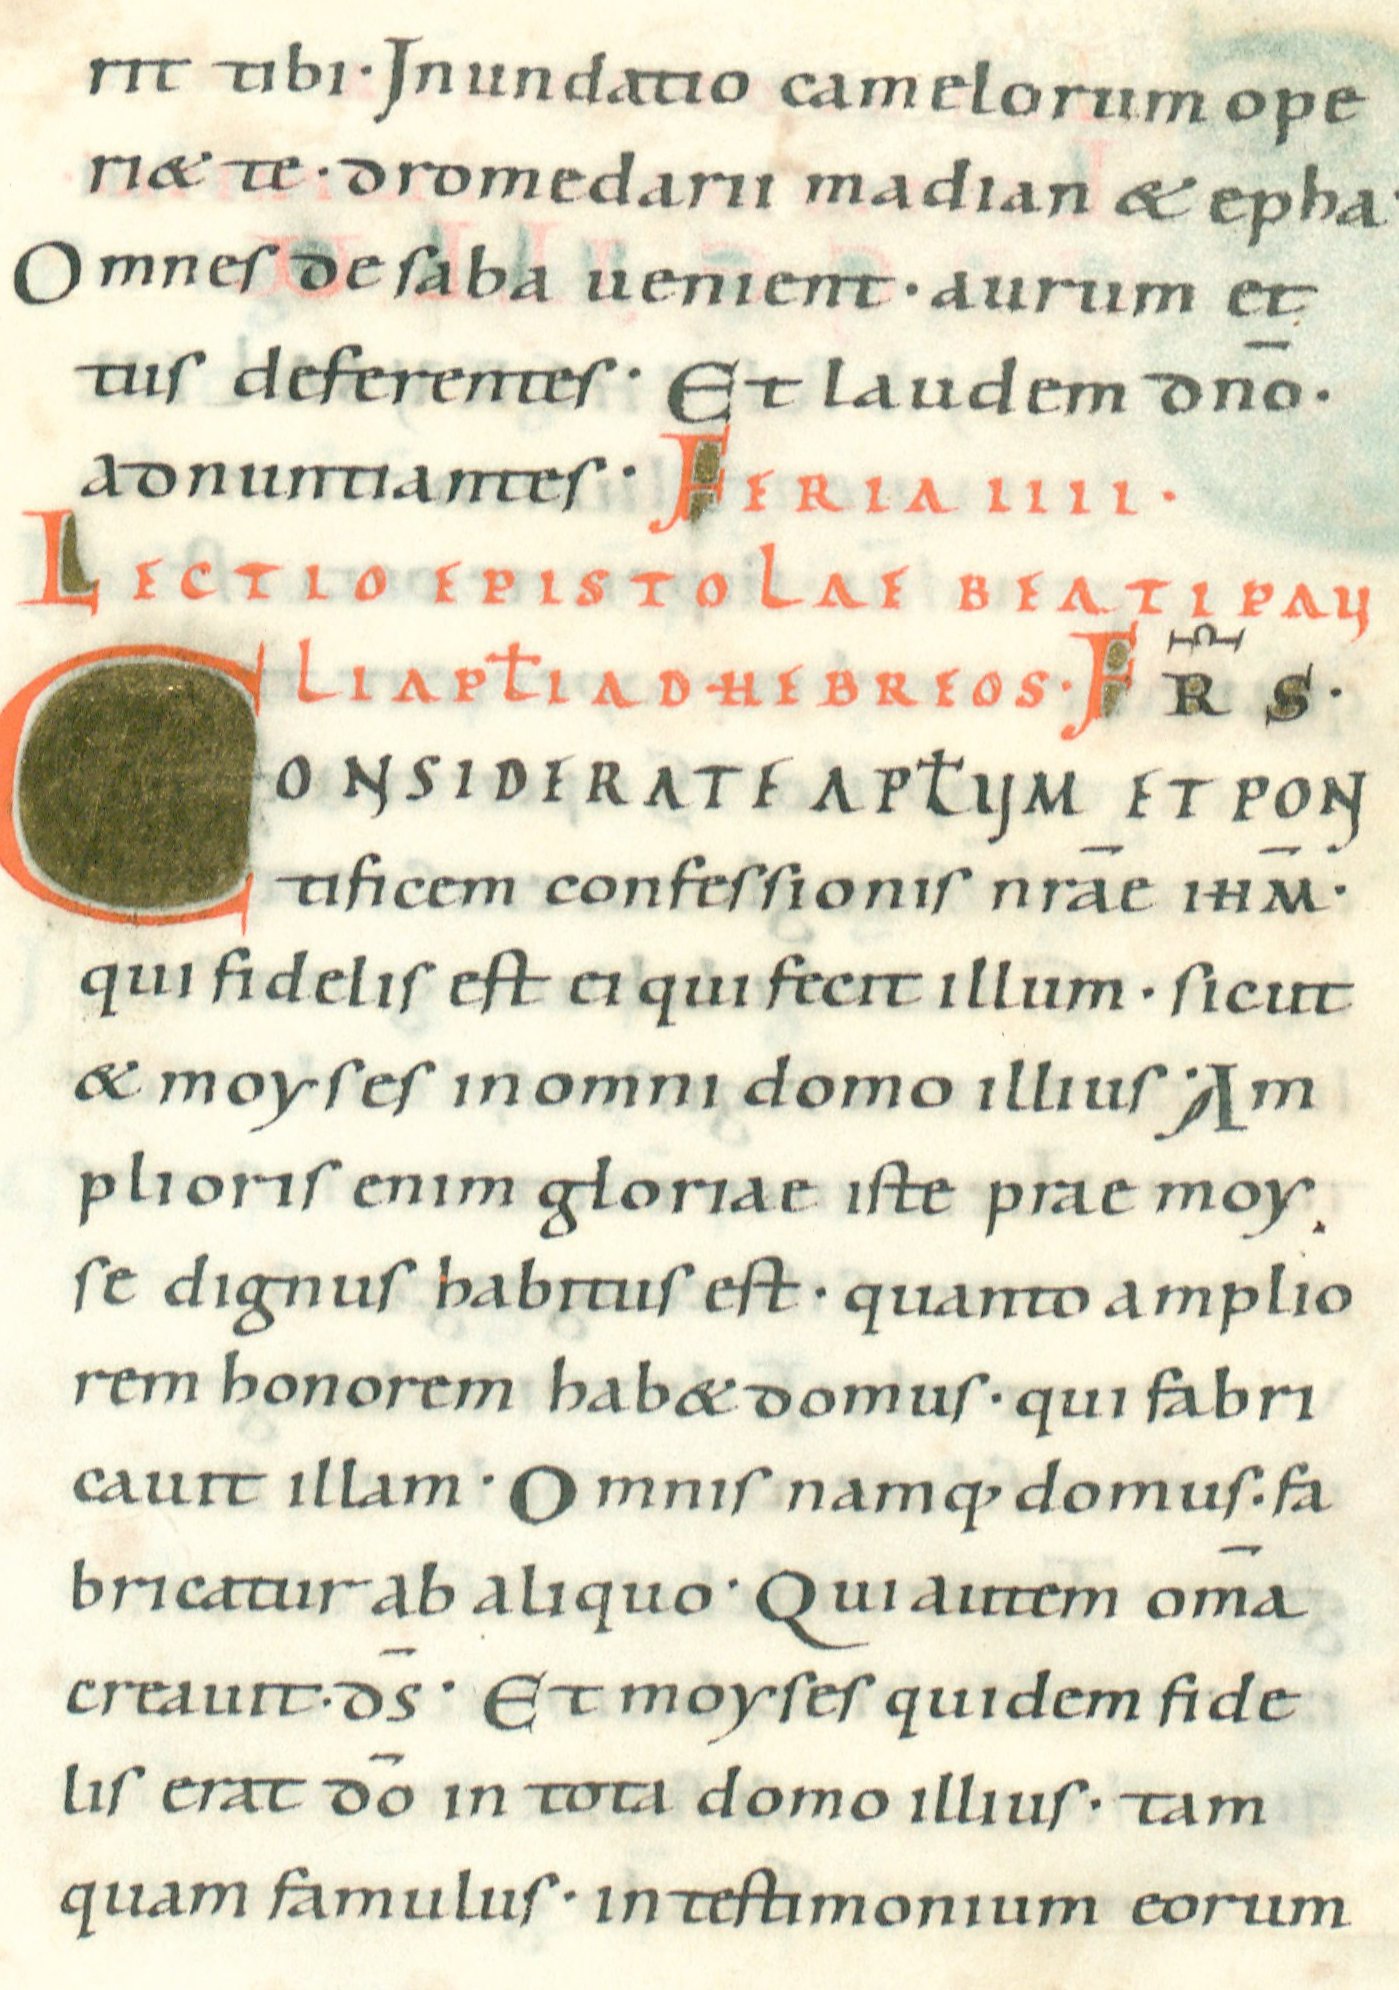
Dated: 1022–1036